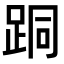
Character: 𨀜